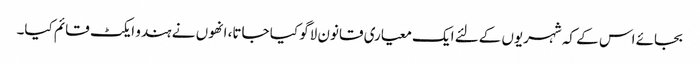
بجائے اس کے کہ شہریوں کےلئے ایک معیاری قانون لاگو کیا جاتا، انھوں نے ہندو ایکٹ قائم کیا۔